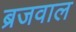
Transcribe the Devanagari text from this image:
ब्रजवाल